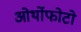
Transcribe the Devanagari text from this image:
ओर्थोफोटो